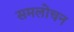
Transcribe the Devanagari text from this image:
समलोचन